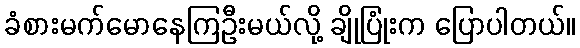
ခံစားမက်မောနေကြဦးမယ်လို့ ချိုပြုံးက ပြောပါတယ်။